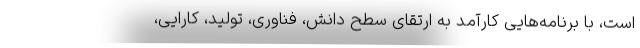
است، با برنامه‌هایی کارآمد به ارتقای سطح دانش، فناوری، تولید، کارایی،